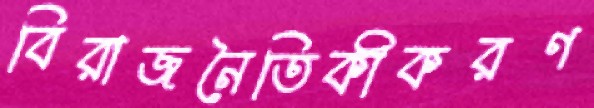
বিরাজনৈতিকীকরণ